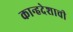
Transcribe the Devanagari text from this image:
कान्हदेशाची